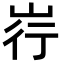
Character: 𪨳